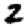
Digit: 2